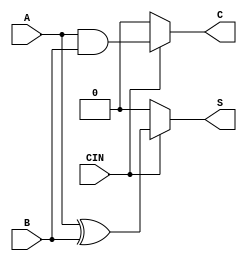
module conditional_half_adder (
    input wire A,      // First single-bit input
    input wire B,      // Second single-bit input
    input wire CIN,    // Control signal
    output wire S,     // Sum output
    output wire C      // Carry output
);

// Combinational logic for the Conditional Half-Adder
assign S = (CIN) ? (A ^ B) : 1'b0;  // Sum: A XOR B when CIN is 1, else 0
assign C = (CIN) ? (A & B) : 1'b0;  // Carry: A AND B when CIN is 1, else 0

endmodule